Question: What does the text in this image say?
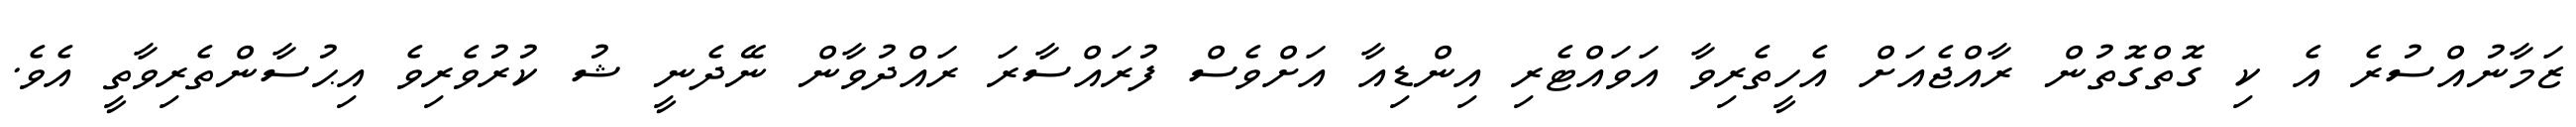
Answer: ޒަމާނުއްސުރެ އެ ކި ގޮތްގޮތުން ރާއްޖެއަށް އެހީތެރިވާ އަވައްޓެރި އިންޑިއާ އަށްވެސް ފުރައްސާރަ ރައްދުވާން ނޭދެނީ ޝު ކުރުވެރިވެ އިޙުސާންތެރިވާތީ އެވެ.